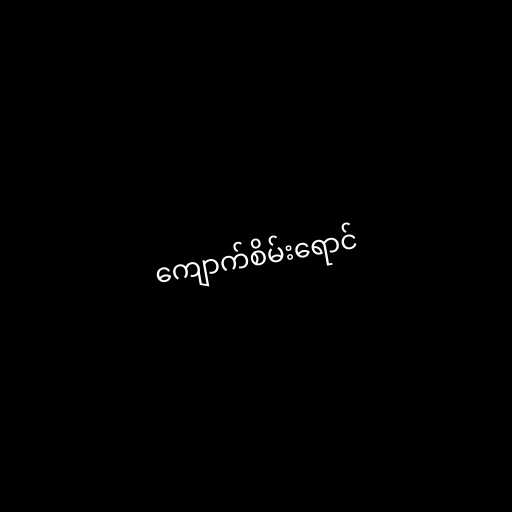
ကျောက်စိမ်းရောင်